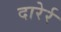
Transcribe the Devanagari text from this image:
दारेर्र